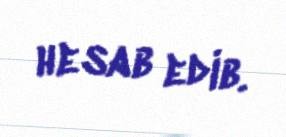
hesab edib.